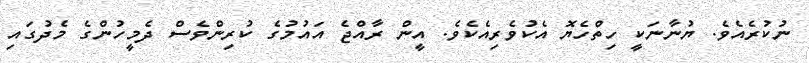
ނުކުރެއެވެ. ޔުނާނަކީ ހިތްހެޔޮ އެކުވެރިއެކެވެ. އީން ރާއްޖެ އައުމުގެ ކުރިންވެސް ދެމީހުންގެ މެދުގައި